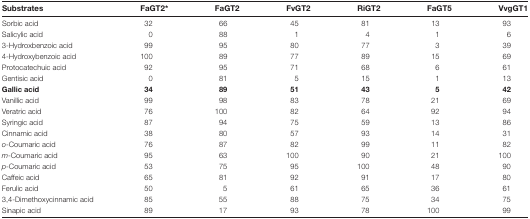
<table><thead><tr><td><b>Substrates</b></td><td><b>FaGT2*</b></td><td><b>FaGT2</b></td><td><b>FvGT2</b></td><td><b>RiGT2</b></td><td><b>FaGT5</b></td><td><b>VvgGT1</b></td></tr></thead><tbody><tr><td>Sorbic acid</td><td>32</td><td>66</td><td>45</td><td>81</td><td>13</td><td>93</td></tr><tr><td>Salicylic acid</td><td>0</td><td>88</td><td>1</td><td>4</td><td>1</td><td>6</td></tr><tr><td>3-Hydroxbenzoic acid</td><td>99</td><td>95</td><td>80</td><td>77</td><td>3</td><td>39</td></tr><tr><td>4-Hydroxybenzoic acid</td><td>100</td><td>89</td><td>77</td><td>89</td><td>15</td><td>69</td></tr><tr><td>Protocatechuic acid</td><td>92</td><td>95</td><td>71</td><td>68</td><td>6</td><td>61</td></tr><tr><td>Gentisic acid</td><td>0</td><td>81</td><td>5</td><td>15</td><td>1</td><td>13</td></tr><tr><td><b>Gallic acid</b></td><td><b>34</b></td><td><b>89</b></td><td><b>51</b></td><td><b>43</b></td><td><b>5</b></td><td><b>42</b></td></tr><tr><td>Vanillic acid</td><td>99</td><td>98</td><td>83</td><td>78</td><td>21</td><td>69</td></tr><tr><td>Veratric acid</td><td>76</td><td>100</td><td>82</td><td>64</td><td>92</td><td>94</td></tr><tr><td>Syringic acid</td><td>87</td><td>94</td><td>75</td><td>59</td><td>13</td><td>86</td></tr><tr><td>Cinnamic acid</td><td>38</td><td>80</td><td>57</td><td>93</td><td>14</td><td>31</td></tr><tr><td><i>o</i>-Coumaric acid</td><td>76</td><td>87</td><td>82</td><td>99</td><td>11</td><td>82</td></tr><tr><td><i>m</i>-Coumaric acid</td><td>95</td><td>63</td><td>100</td><td>90</td><td>21</td><td>100</td></tr><tr><td><i>p</i>-Coumaric acid</td><td>53</td><td>75</td><td>95</td><td>100</td><td>48</td><td>90</td></tr><tr><td>Caffeic acid</td><td>65</td><td>81</td><td>92</td><td>91</td><td>17</td><td>80</td></tr><tr><td>Ferulic acid</td><td>50</td><td>5</td><td>61</td><td>65</td><td>36</td><td>61</td></tr><tr><td>3,4-Dimethoxycinnamic acid</td><td>85</td><td>55</td><td>88</td><td>75</td><td>34</td><td>75</td></tr><tr><td>Sinapic acid</td><td>89</td><td>17</td><td>93</td><td>78</td><td>100</td><td>99</td></tr></tbody></table>